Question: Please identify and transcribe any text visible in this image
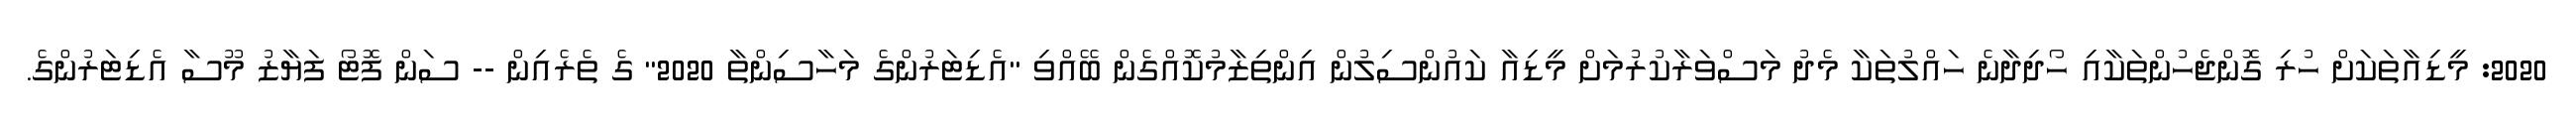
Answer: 2020: މީޑިއާތަކަށް ހުރި ގޮންޖެހުންތަކާއި ހޯދިދާނެ ހައްލުތަކާ މެދު މަސްވަރާކުރުމަށް މީޑިއާ ކައުންސިލުން އިންތިޒާމުކޮއްގެން ބޭއްވި "އެޑިޓަރުންގެ މަހާސިންތާ 2020" ގެ ތެރެއިން -- ސަން ފޮޓޯ ފަޔާޒު މޫސާ އެޑިޓަރުންގެ.